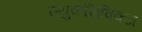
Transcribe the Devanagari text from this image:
ल्युकसिविक्ज